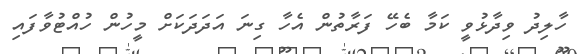
ހާލިދު ވިދާޅުވީ ކަމާ ބެހޭ ފަރާތުން އެހާ ގިނަ އަދަދަކަށް މީހުން ހުއްޓުވާފައި